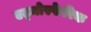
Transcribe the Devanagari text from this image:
एट्मोस्फेरिक